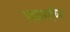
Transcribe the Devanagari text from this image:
पवळाबाईच्या